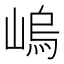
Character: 嵨